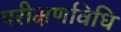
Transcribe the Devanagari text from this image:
परीक्षणविधि